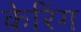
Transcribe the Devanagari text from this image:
केरिंग